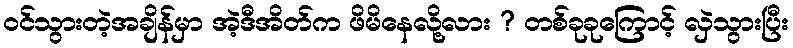
ဝင်သွားတဲ့အချိန်မှာ အဲ့ဒီအိတ်က ဖိမိနေလို့လား ? တစ်ခုခုကြောင့် လှဲသွားပြီး